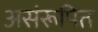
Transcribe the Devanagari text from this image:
असंरूपित